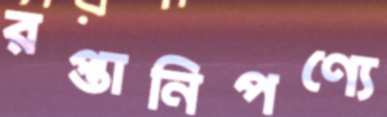
রপ্তানিপণ্যে